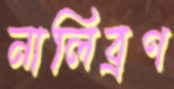
নালিব্রণ